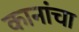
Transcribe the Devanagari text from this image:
कानांचा